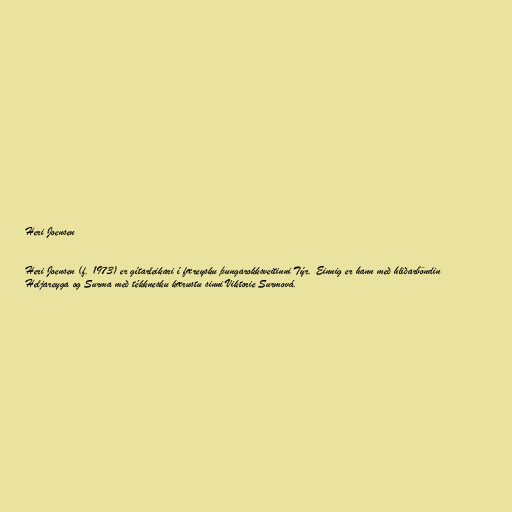
Heri Joensen

Heri Joensen (f. 1973) er gítarleikari í færeysku þungarokksveitinni Týr. Einnig er hann með hliðarböndin
Heljareyga og Surma með tékknesku kærustu sinni Viktorie Surmová.